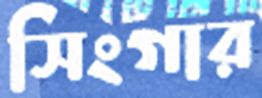
সিংগার